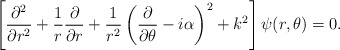
\begin{align*}\left[{\partial^2\over \partial r^2}+{1\over r}{\partial\over \partial r} +{1\over r^2}\left({\partial\over\partial\theta}-i\alpha\right)^2 +k^2\right]\psi(r,\theta)=0.\end{align*}